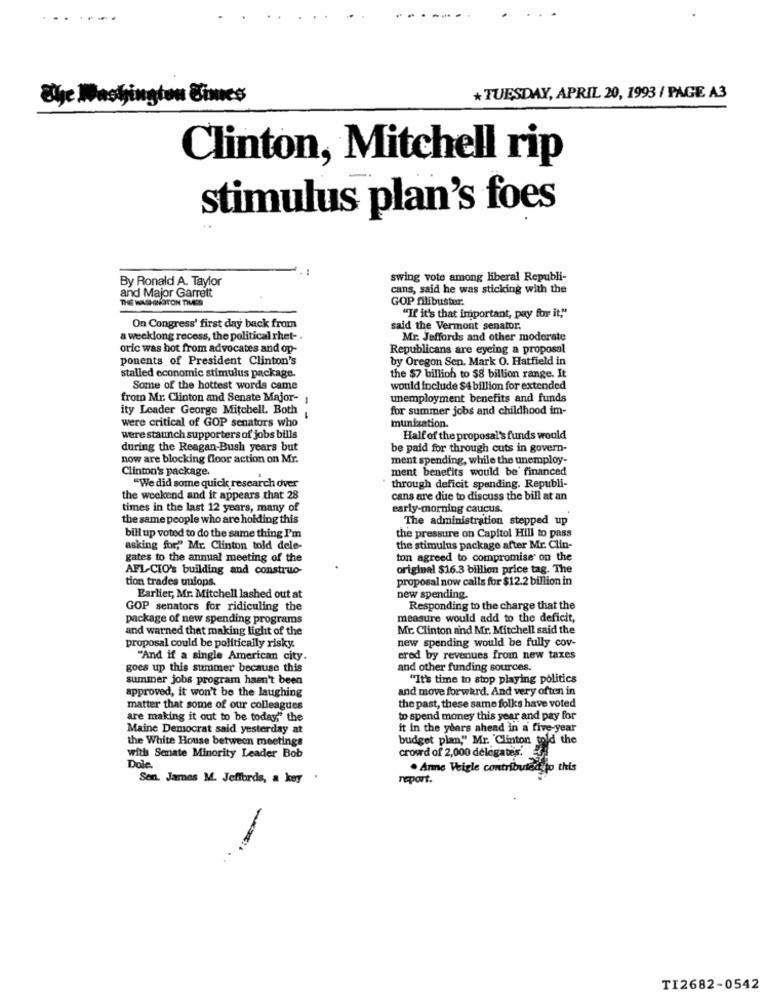
The Washington Cimes
*TUESDAY, APRIL 20, 1993 / PAGE A3
Clinton, Mitchell rip
stimulus plan's foes
By Ronald A. Taylor
swing vote among liberal Republi-
and Major Garrett
cans, said he was sticking with the
THE WASHINGTON TIMES
GOP filibuster:
"If it's that important, pay for it,"
On Congress' first day back from
said the Vermont senator.
a weeklong recess, the political rhet- .
Mr. Jeffords and other moderate
oric was hot from advocates and op-
Republicans are eyeing a proposal
ponents of President Clinton's
by Oregon Sen. Mark O. Hatfield in
stalled economic stimulus package.
the $7 billion to 58 billion range. It
Some of the hottest words came
would include $4 billion for extended
from Mr. Clinton and Senate Major- 1
unemployment benefits and funds
ity Leader George Mitchell. Both
for summer jobs and childhood im-
were critical of GOP senators who
munization.
were staunch supporters of jobs bills
Half of the proposal's funds would
during the Reagan-Bush years but
be paid for through cuts in govern-
now are blocking floor action on Mr.
ment spending, while the unemploy-
Clinton's package.
ment benefits would be' financed
"We did some quick research over
through deficit spending. Republi-
the weekend and it appears that 28
cans are due to discuss the bill at an
times in the last 12 years, many of
early-morning caucus.
the same people who are holding this
The administration stepped up
the pressure on Capitol Hill to pass
bill up voted to do the same thing I'm
asking for," Mr. Clinton told dele-
the stimulus package after Mr. Clin-
gates to the annual meeting of the
ton agreed to compromise on the
AFL-CIO's building and construo-
original $16.3 billion price tag. The
tion trades uniops.
proposal now calls for $12.2 billion in
Earlier, Mr. Mitchell lashed out at
new spending.
GOP senators for ridiculing the
Responding to the charge that the
package of new spending programs
measure would add to the deficit,
and warned that making light of the
Mr. Clinton and Mr. Mitchell said the
new spending would be fully cov-
proposal could be politically risky.
"And if a single American city.
ered by revenues from new taxes
goes up this summer because this
and other funding sources.
summer jobs program hasn't been
"It's time to stop playing politics
approved, it won't be the laughing
and move forward. And very often in
the past, these same folks have voted
matter that some of our colleagues
are making it out to be today" the
to spend money this year and pay for
Maine Democrat said yesterday at
it in the years ahead in a five-year
the White House between meetings
budget plan," Mr. 'Clinton told the
with Senate Minority Leader Bob
crowd of 2,000 delegates.
Dole.
. Anne Veigle contributed to this
Sen. James M. Jeffords, a key .
report.
TI2682-0542